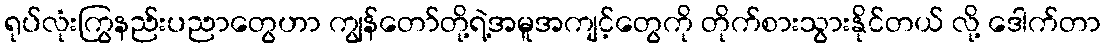
ရုပ်လုံးကြွနည်းပညာတွေဟာ ကျွန်တော်တို့ရဲ့အမူအကျင့်တွေကို တိုက်စားသွားနိုင်တယ် လို့ ဒေါက်တာ